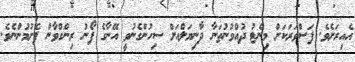
އެއިރަށެވެ. ފަސްވަރަކަށް މިނެޓު ދުއްވުނުތަނާ ދާނިޔަލްއަށް ސިހުންގެނުވީ އޭނާގެ ފޯނު ރިންގްވާން ފެށުމުންނެވެ.